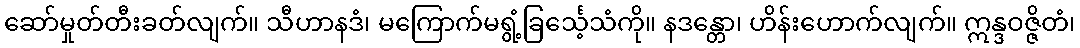
ဆော်မှုတ်တီးခတ်လျက်။ သီဟာနဒံ၊ မကြောက်မရွံ့ခြင်္သေ့သံကို။ နဒန္တော၊ ဟိန်းဟောက်လျက်။ ဣန္ဒဝဇ္ဇိတံ၊